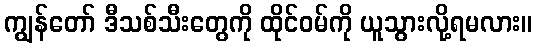
ကျွန်တော် ဒီသစ်သီးတွေကို ထိုင်ဝမ်ကို ယူသွားလို့ရမလား။